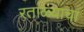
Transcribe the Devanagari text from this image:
रताळ्याचा